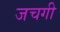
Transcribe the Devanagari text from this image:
जचगी